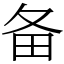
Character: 备